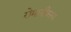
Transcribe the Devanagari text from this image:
रोमानीकरण